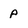
Character: p